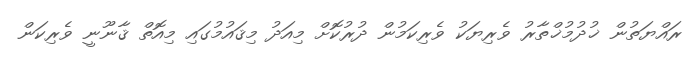
ރައްޔަތުން ޚުދުމުޚްތާރު ވެރިޔަކު ވެރިކަމުން ދުރުކޮށް މިއަދު މިޤައުމުގައި މިއޮތް ޤާނޫނީ ވެރިކަން